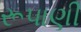
રૂપાણી